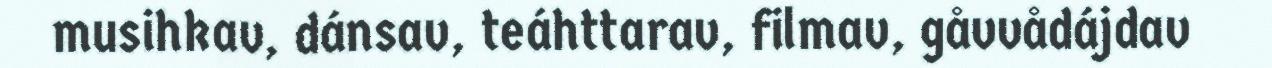
musihkav, dánsav, teáhttarav, filmav, gåvvådájdav